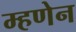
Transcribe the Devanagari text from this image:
म्हणेन